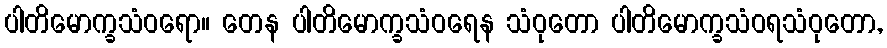
ပါတိမောက္ခသံဝရော။ တေန ပါတိမောက္ခသံဝရေန သံဝုတော ပါတိမောက္ခသံဝရသံဝုတော,